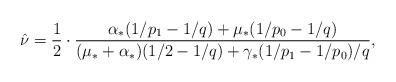
LaTeX: \begin{align*}\hat\nu = \frac 12\cdot \frac{\alpha_*(1/p_1‐1/q)+\mu_*(1/p_0‐1/q)}{(\mu_*+\alpha_*)(1/2‐1/q)+\gamma_*(1/p_1‐1/p_0)/q},\end{align*}